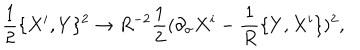
LaTeX: { \frac { 1 } { 2 } } \{ X ^ { i } , Y \} ^ { 2 } \rightarrow R ^ { - 2 } { \frac { 1 } { 2 } } ( \partial _ { \sigma } X ^ { i } - { \frac { 1 } { R } } \{ Y , X ^ { i } \} ) ^ { 2 } ,